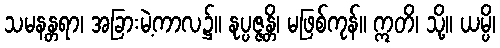
သမနန္တရာ၊ အခြားမဲ့ကာလ၌။ နုပ္ပဇ္ဇန္တိ၊ မဖြစ်ကုန်။ ဣတိ၊ သို့။ ယမ္ပိ၊